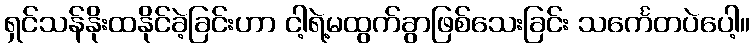
ရှင်သန်နိုးထနိုင်ခဲ့ခြင်းဟာ ငါ့ရဲ့မထွက်ခွာဖြစ်သေးခြင်း သင်္ကေတပဲပေါ့။